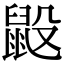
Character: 𪕂